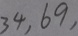
3 4 , 6 9 ,